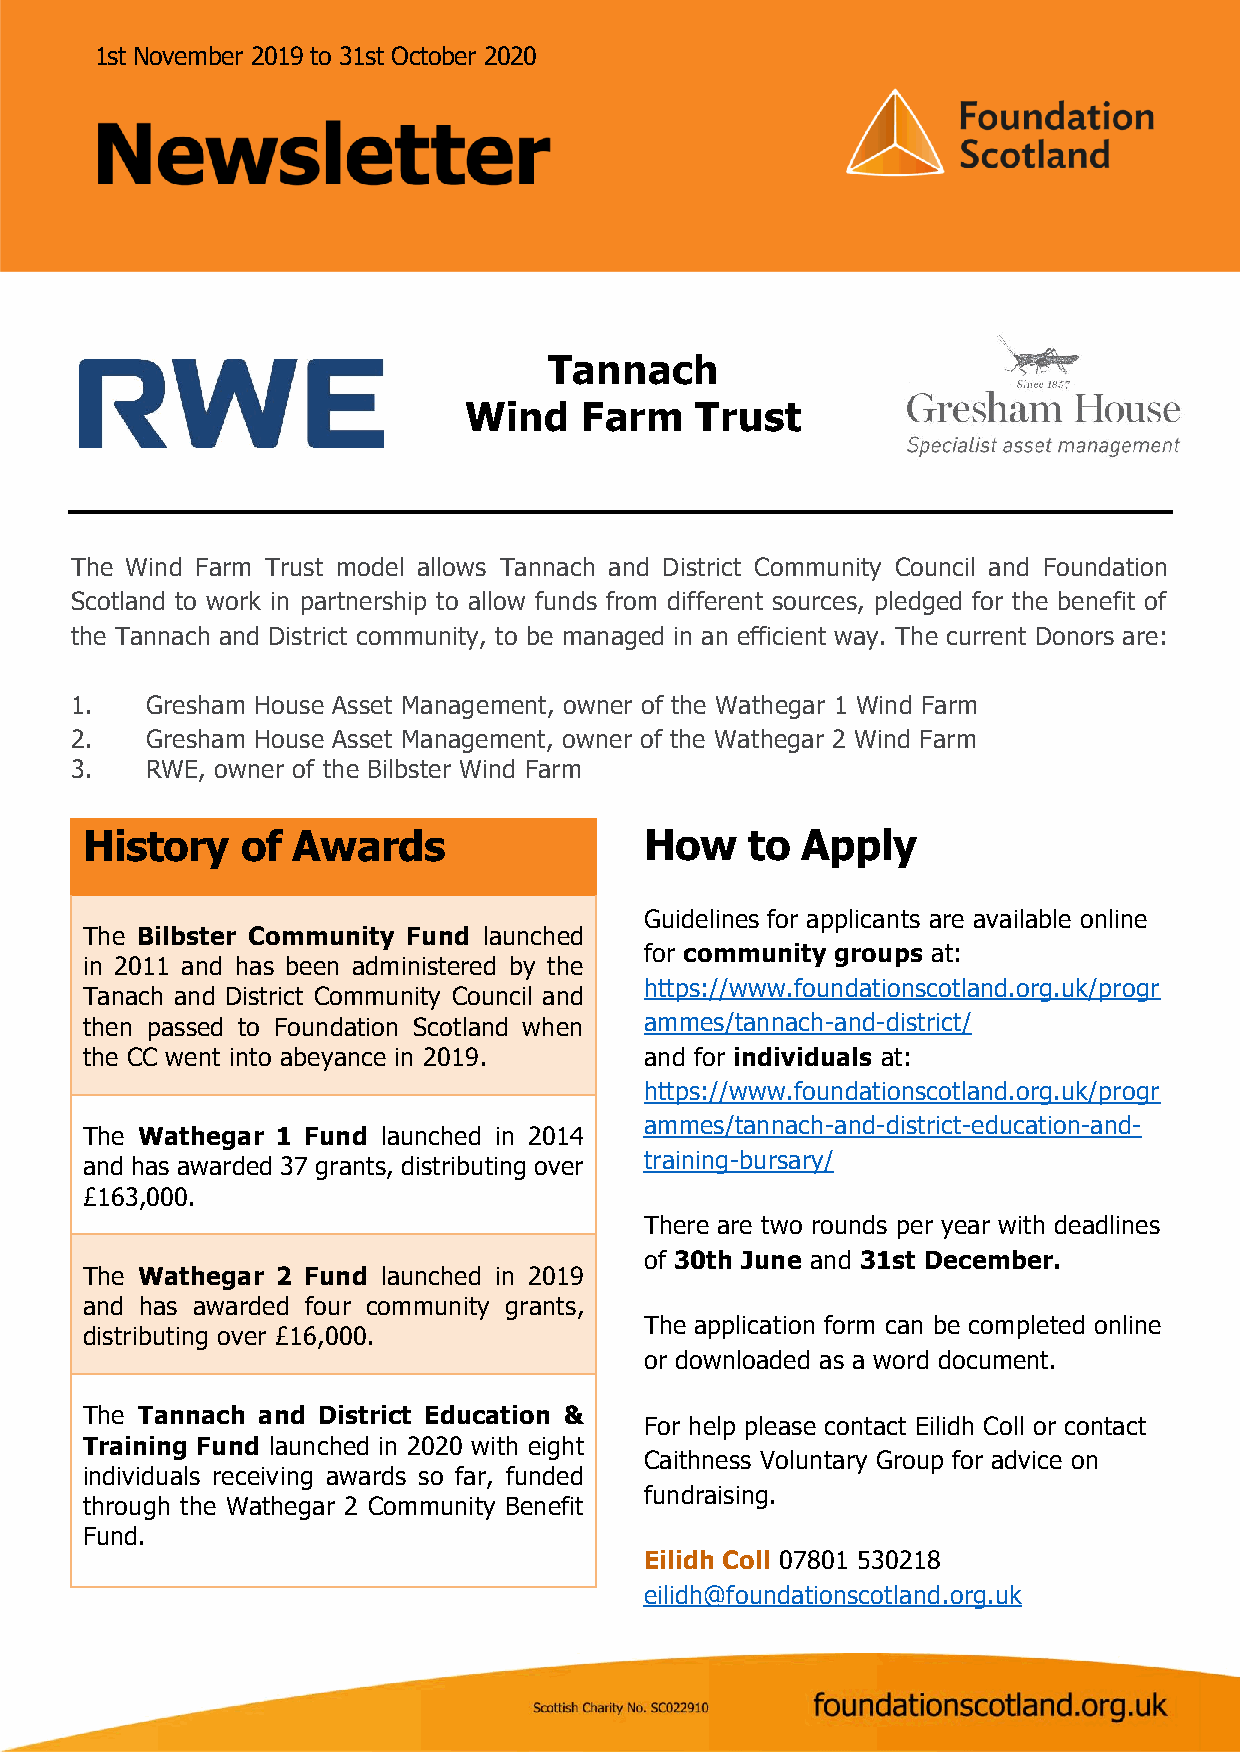
1st November 2019 to 31st October 2020
 Tannach
 Wind   Farm    Trust
 The Wind Farm Trust model allows Tannach and District Community Council and Foundation
 Scotland to work in partnership to allow funds from different sources, pledged for the benefit of
 the Tannach and District community, to be managed in an efficient way. The current Donors are:
 1.   Gresham House Asset Management, owner of the Wathegar 1 Wind Farm
 2.   Gresham House Asset Management, owner of the Wathegar 2 Wind Farm
 3.   RWE, owner of the Bilbster Wind Farm
 History    of Awards                  How    to Apply
 Guidelines for applicants are available online
 The Bilbster Community Fund launched
 for community groups at:
 in 2011 and has been administered by the
 https://www.foundationscotland.org.uk/progr
 Tanach and District Community Council and
 then passed to Foundation Scotland when ammes/tannach-and-district/
 the CC went into abeyance in 2019.    and for individuals at:
 https://www.foundationscotland.org.uk/progr
 ammes/tannach-and-district-education-and-
 The Wathegar 1 Fund launched in 2014
 training-bursary/
 and has awarded 37 grants, distributing over
 £163,000.
 There are two rounds per year with deadlines
 of 30th June and 31st December.
 The Wathegar 2 Fund launched in 2019
 and has awarded four community grants,
 The application form can be completed online
 distributing over £16,000.
 or downloaded as a word document.
 The Tannach and District Education &
 For help please contact Eilidh Coll or contact
 Training Fund launched in 2020 with eight
 Caithness Voluntary Group for advice on
 individuals receiving awards so far, funded
 fundraising.
 through the Wathegar 2 Community Benefit
 Fund.
 Eilidh Coll 07801 530218
 eilidh@foundationscotland.org.uk